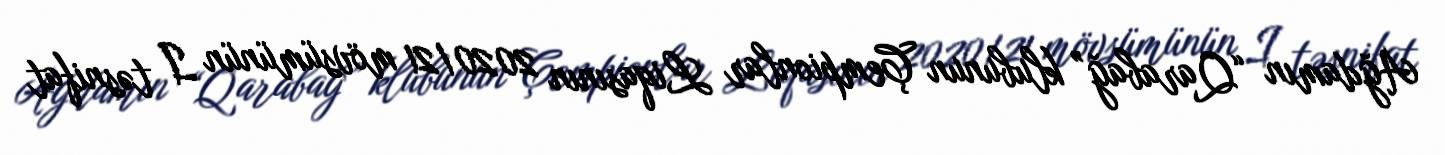
Ağdamın “Qarabağ” klubunun Çempionlar Liqasının 2020/21 mövsümünün I təsnifat